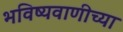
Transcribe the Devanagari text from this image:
भविष्यवाणीच्या